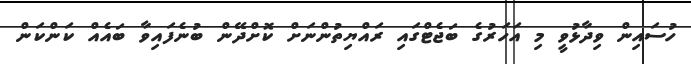
ހުސައިން ވިދާޅުވީ މި އަހަރުގެ ބަޖެޓްގައި ރައްޔިތުންނަށް ކޮށްދޭން ބުނެފައިވާ ބައެއް ކަންކަން